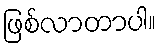
ဖြစ်လာတာပါ။